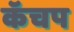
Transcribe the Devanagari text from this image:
कॅचप